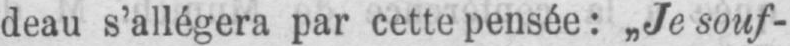
deau s’allégera par cette pensée: „Je souf-